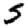
Digit: 5